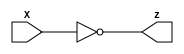

module zero(X,z);

    parameter WIDTH=32;
    input [0:(WIDTH-1)] X;
    output z;
    
    wire [0:WIDTH] cascade;
    
    //set to 0
    // assign cascade[0] = X[0] & (~X[0]);
    
    
    // genvar i;
    // generate
    //     for(i=0; i<WIDTH; i=i+1) begin: CASCADE_ZERO
    //         or_1 OR_1 (
    //             .x(X[i]),
    //             .y(cascade[i]),
    //             .z(cascade[i+1]));
    //     end
    // endgenerate
    
    // assign z = ~cascade[WIDTH];

    assign z = (X==32'b0);

endmodule

module zero_5bit(X,z);

    parameter WIDTH=5;
    input [0:(WIDTH-1)] X;
    output z;
    
    wire [0:WIDTH] cascade;
    
    //set to 0
    // assign cascade[0] = X[0] & (~X[0]);
    
    
    // genvar i;
    // generate
    //     for(i=0; i<WIDTH; i=i+1) begin: CASCADE_ZERO
    //         or_1 OR_1 (
    //             .x(X[i]),
    //             .y(cascade[i]),
    //             .z(cascade[i+1]));
    //     end
    // endgenerate
    
    // assign z = ~cascade[WIDTH];

    assign z = (X==5'b0);


endmodule